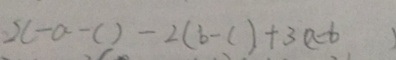
2 ( - a - c ) - 2 ( b - c ) + 3 ( a - b )